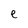
Character: e